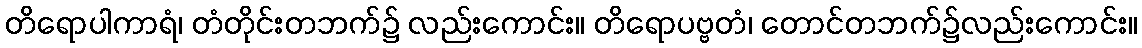
တိရောပါကာရံ၊ တံတိုင်းတဘက်၌ လည်းကောင်း။ တိရောပဗ္ဗတံ၊ တောင်တဘက်၌လည်းကောင်း။